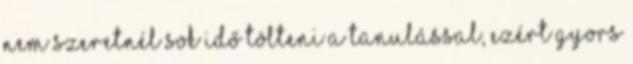
Nem szeretnél sok idő tölteni a tanulással, ezért gyors